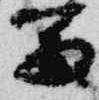
富